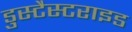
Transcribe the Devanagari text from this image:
डुस्टैस्टराइड